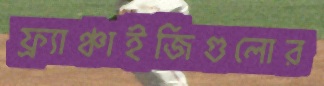
ফ্র্যাঞ্চাইজিগুলোর